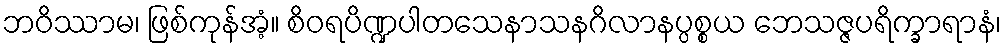
ဘဝိဿာမ၊ ဖြစ်ကုန်အံ့။ စိဝရပိဏ္ဍပါတသေနာသနဂိလာနပ္ပစ္စယ ဘေသဇ္ဇပရိက္ခာရာနံ၊